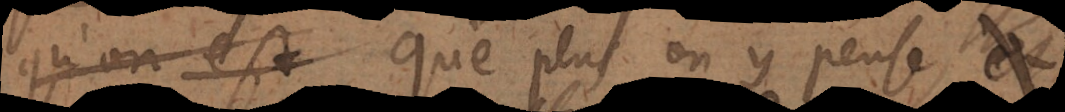
ont veu que plus on y pense,